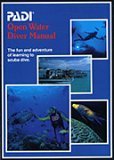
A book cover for PADI: Open Water Diver Manual; PADI; Sports & Outdoors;